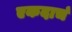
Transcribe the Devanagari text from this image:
एकदाचं